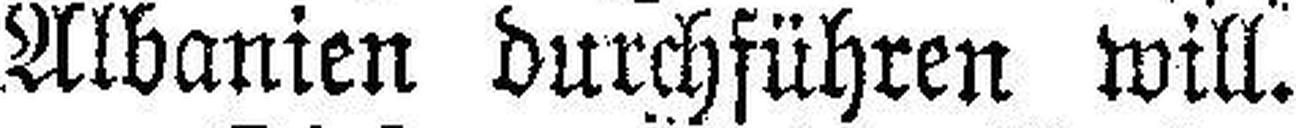
Albanien durchführen will.